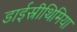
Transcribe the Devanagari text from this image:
डाईस्रीथिमिया